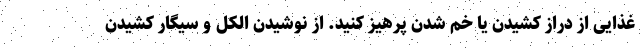
غذایی از دراز کشیدن یا خم شدن پرهیز کنید. از نوشیدن الکل و سیگار کشیدن